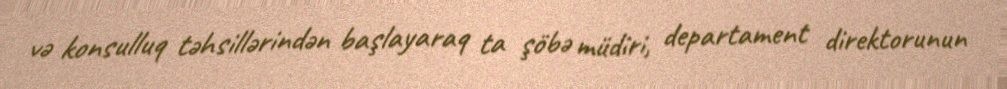
və konsulluq təhsillərindən başlayaraq ta şöbə müdiri, departament direktorunun